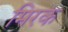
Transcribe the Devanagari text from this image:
मिरक